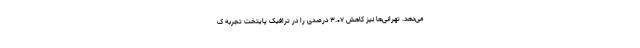
می‌دهد. تهرانی‌ها نیز کاهش ۳.۰۷ درصدی را در ترافیک پایتخت تجربه ک